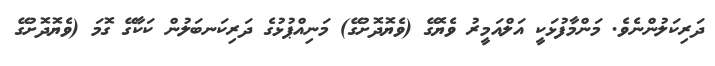
ދަރިކަލުންނެވެ. މަންމާފުޅަކީ އަލްއަމީރު ވެޔޮގޭ (ވެޔޮދޮށުގޭ) މަނިއްޕުޅުގެ ދަރިކަނބަލުން ކަކާގޭ ގޮމަ (ވެޔޮދޮށުގޭ